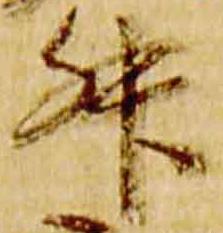
升